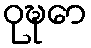
ဝုဍ္ဎော